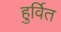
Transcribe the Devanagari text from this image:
हुर्वित